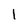
Character: 1